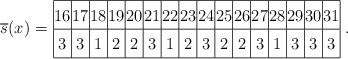
\begin{align*}\overline{s}(x)=\left.\arraycolsep=0.6pt\def\arraystretch{1.4}\begin{array}{|c|c|c|c| c|c|c|c| c|c|c|c| c|c|c|c|} \hline16 & 17 & 18 & 19 & 20 & 21 & 22 & 23 & 24 & 25 & 26 & 27 & 28 & 29 & 30 & 31 \\ \hline 3 & 3 & 1 & 2 & 2 & 3 & 1 & 2 & 3 & 2 & 2 & 3 & 1 & 3 & 3 & 3 \\ \hline\end{array}\right..\end{align*}